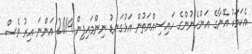
އެކަމަކު އޭނާގެ އަންހެނުންގެ ހައިސިއްޔަތުން އަޅުގަނޑު ނިންމައިފިން 2019 އަންނަ އިރު ވެސް